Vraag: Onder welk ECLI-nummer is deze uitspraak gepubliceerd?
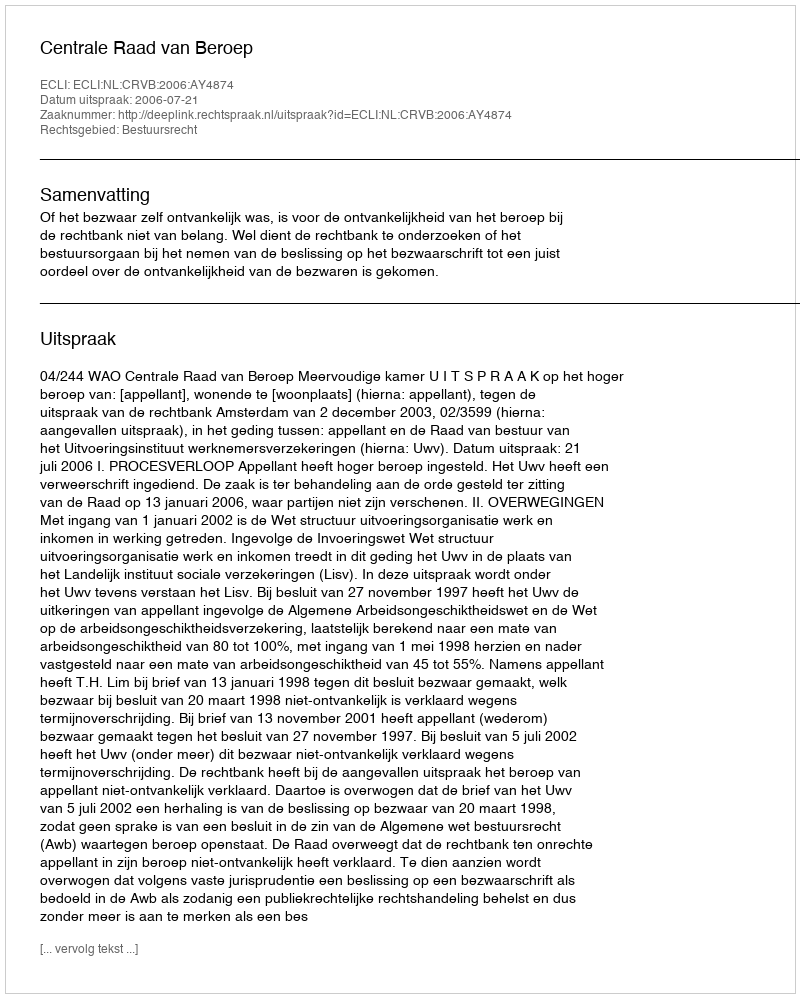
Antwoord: ECLI:NL:CRVB:2006:AY4874